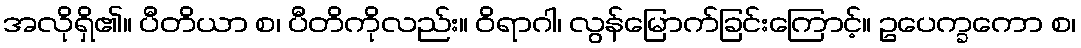
အလိုရှိ၏။ ပီတိယာ စ၊ ပီတိကိုလည်း။ ဝိရာဂါ၊ လွန်မြောက်ခြင်းကြောင့်။ ဥပေက္ခကော စ၊